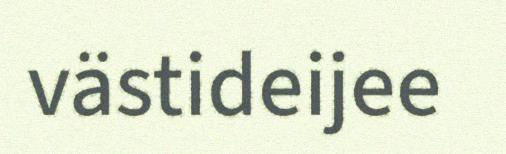
västideijee